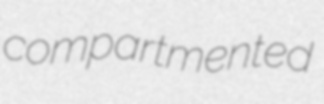
compartmented